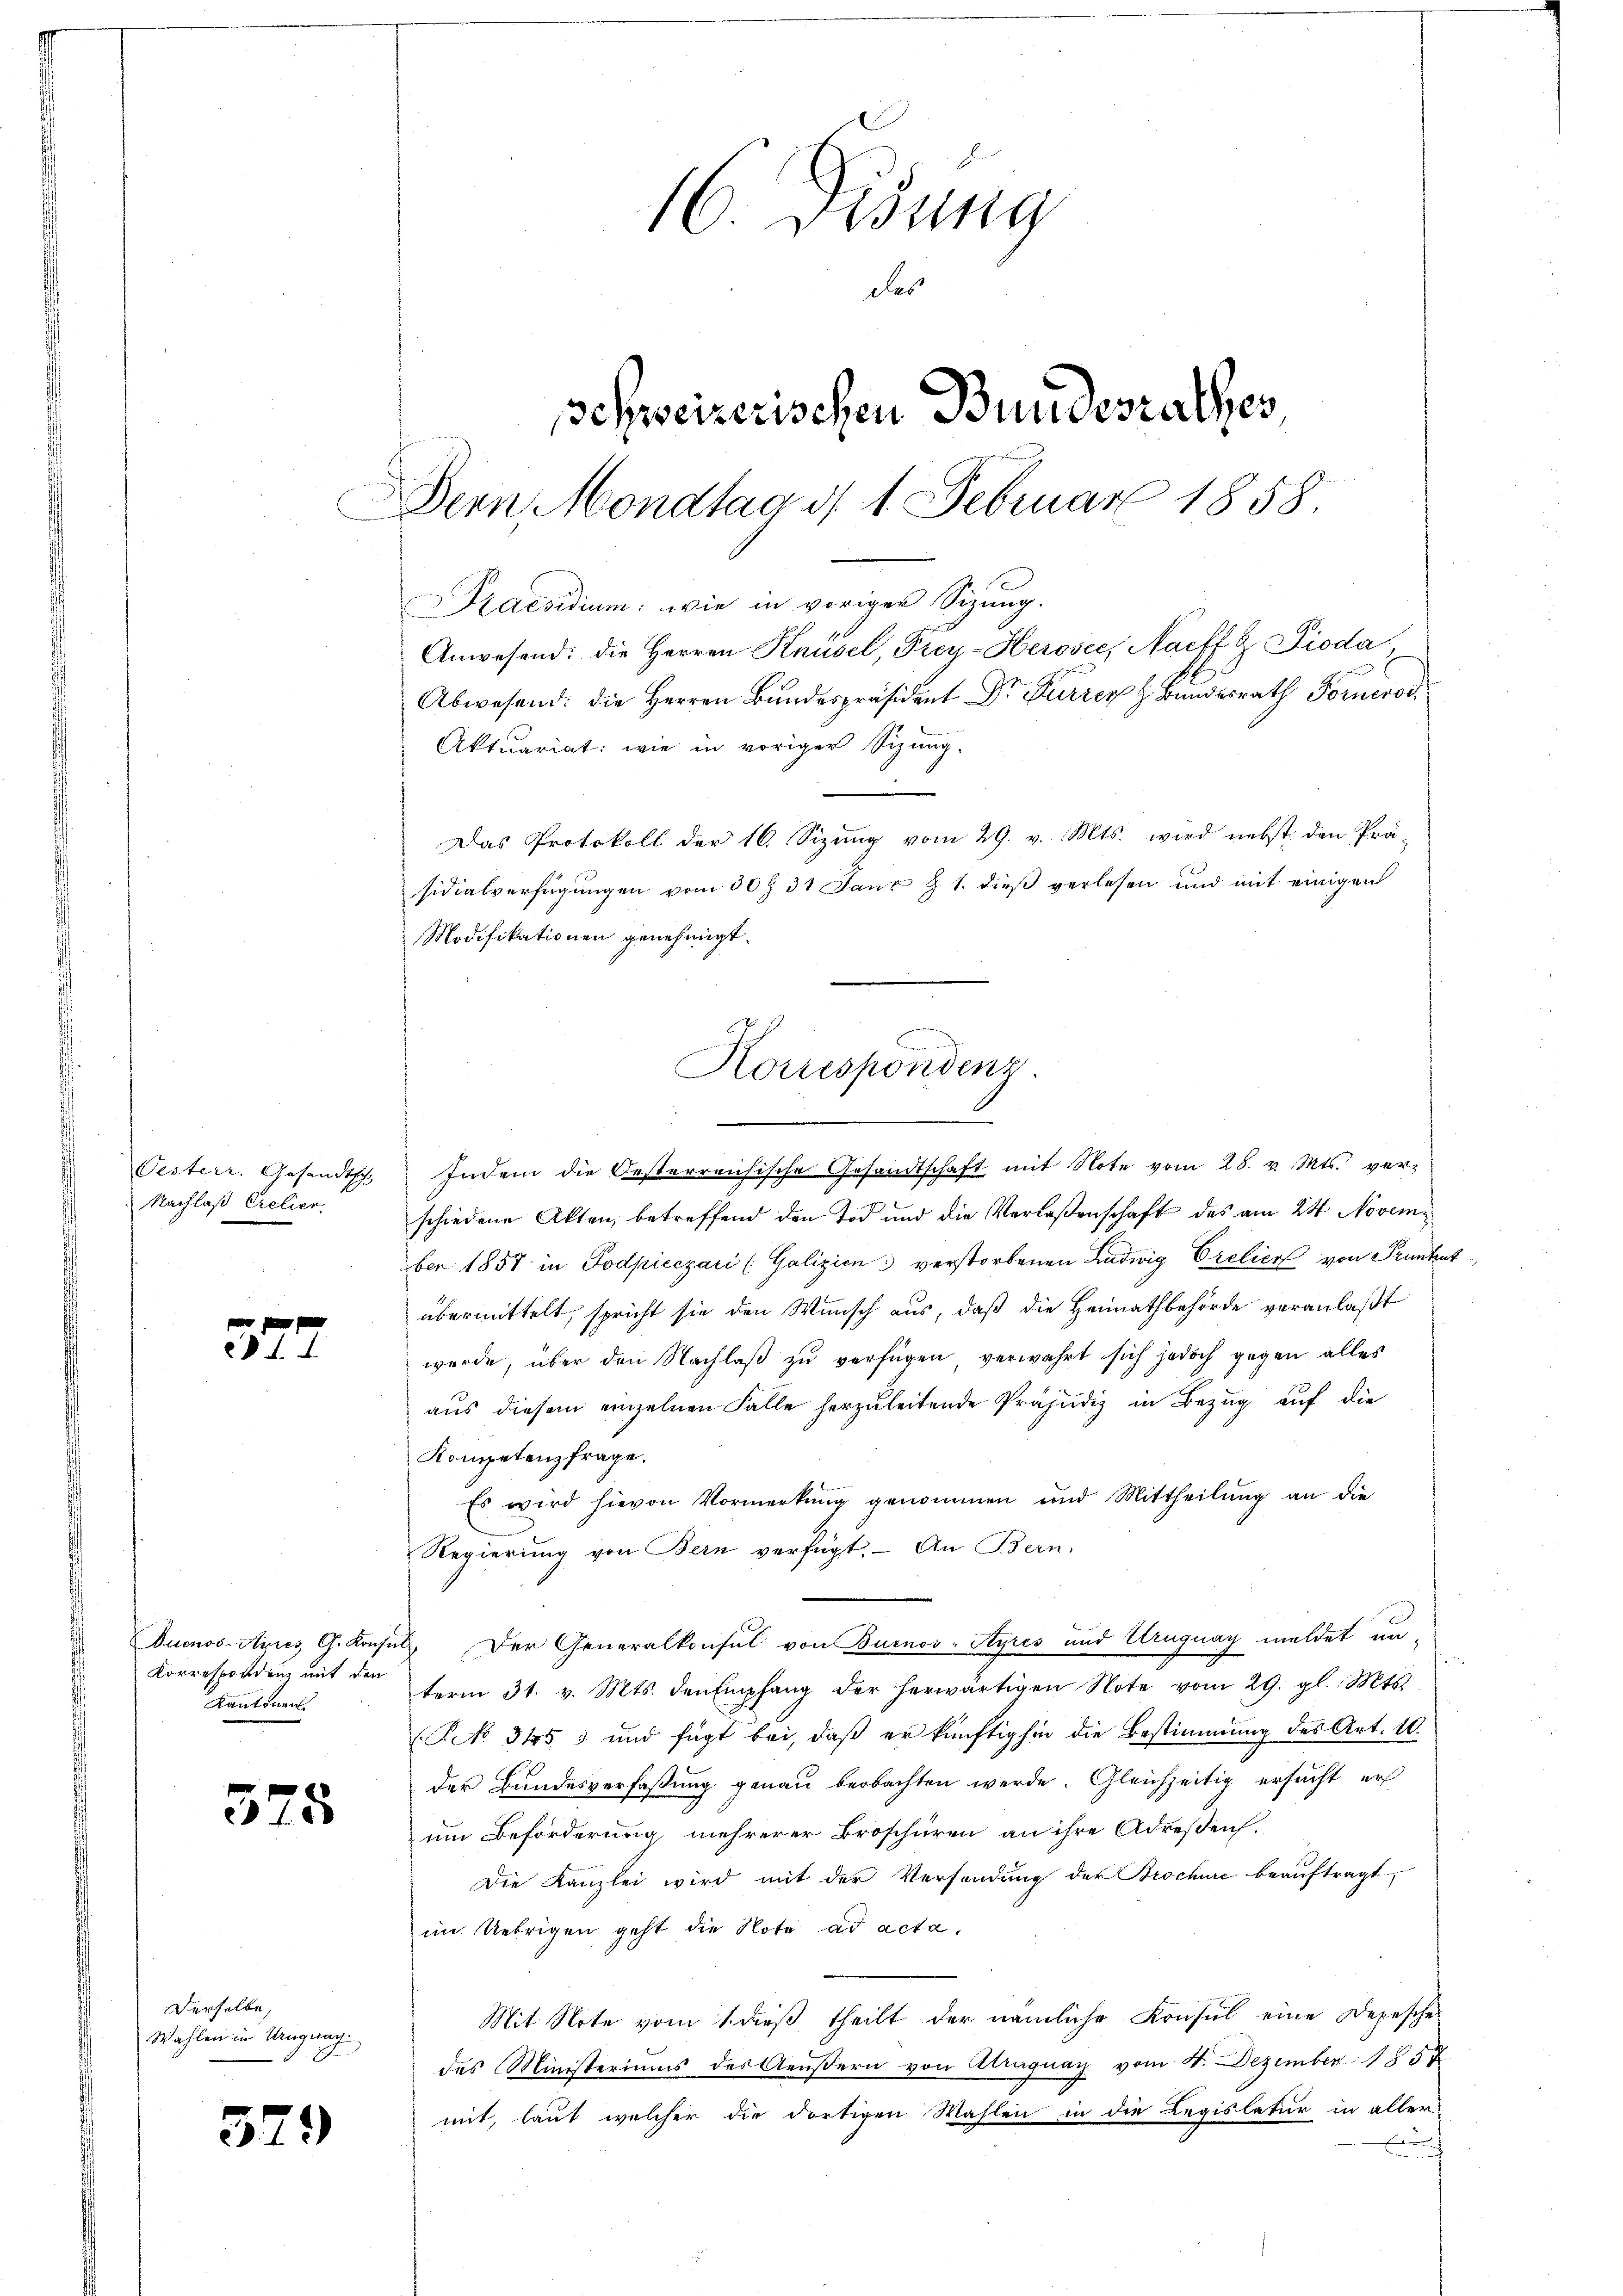
572

375

Derselbe,
Wahlen in Uruguag

579

Oesterr. Gesandtsch-
Nachlaß Crelier

Korrespondenz mit den
Kantonen.
.

16. Disung
des
schweizerischen Bundesrathes,
Dern Mondtag d. 1 Februar 1858.
Praesidium: wie in voriger Sizung.
Anwesend: die Herren Knüsel, Frey-Herosee, Naeff & Dioda
Abwesend: die Herren Bundespräsident Dr. Furrer Bundesrath Forner

sidialverfügungen vom 30 § 31 Janz Z 1. dieß verlesen und mit einigen
Modifikationen genehmigt.

Aktuariat: wie in voriger Sizung-
Das Protokoll der 16. Sizung vom 29. v. Mts. wird nebst den Prä-

Korrespondenz.

Indem die Oesterreichische Gesandtschaft mit Note vom 28. v. Mts. ver-
schiedene Akten, betreffend den Tod und die Verlaßenschaft des am 24. November 1857 in Podpieczari (Galizien verstorbenen Ludwig Orelier von Franket
übermittelt, spricht sie den Wunsch aus, daß die Heimathbehörde veranlaßt
wurde, über den Nachlaß zu verfügen verwahrt sich jedoch gegen alles
aus diesem einzelnen Falle herzuleitende Präjudiz in Bezug auf die
Kompetenzfrage.
Es wird hievon Vormerkŭng genommen und Mittheilung an die
Regierung von Bern verfügt. – An Bern.
Duenos-Ayres G. Konsuls. Der Generalkonsul von Burnos-Ayres und Uruguay meldet an
term 31. v. Mts. den Empfang der herwärtigen Note vom 29. gl. Mts.
(Pk 345) und fügt bei, daß er künftighin die Bestimmung des Art. 10.
der Bundesverfaßung genau beobachten werde. Gleichzeitig ersucht er
um Beförderung mehrerer Broschüren an ihre Adressen.
Die Kanzlei wird mit der Versendung der Brochüre beauftragt
im Uebrigen geht die Note ad acta.
Mit Note vom 1. dieß theilt der nämliche Konsul eine Depesches
des Ministeriums des Aeußern von Atraguay vom 4. Dezember 1857
mit, laut welcher die dortigen Wahlen in die Legislatur in aller
f